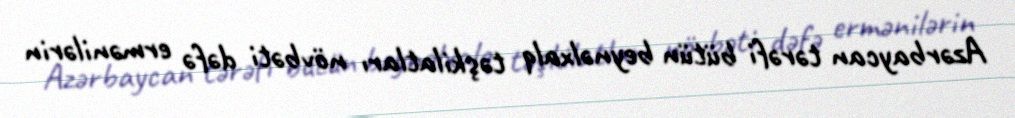
Azərbaycan tərəfi bütün beynəlxalq təşkilatları növbəti dəfə ermənilərin